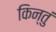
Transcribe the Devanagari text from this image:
किन्तुं